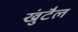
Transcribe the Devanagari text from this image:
खुंटैल